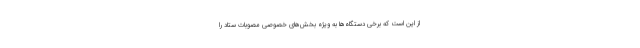
از این است که برخی دستگاه‌ها به ویژه بخش‌های خصوصی مصوبات ستاد را